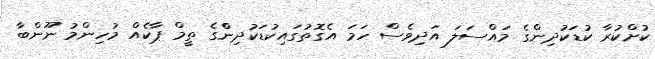
ކުށްކުރާ ކުޑަކުދިންގެ މައްސަލަ އަދިވެސް ހަމަ އެގޮތުގައިކުޑަކުދިންްގެ ތީމް ޕާކެއް މުހިންމު ނޫންބާ